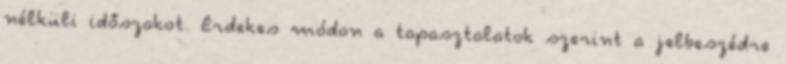
nélküli időszakot. Érdekes módon a tapasztalatok szerint a jelbeszédre